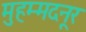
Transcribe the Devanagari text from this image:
मुहम्मदनूर